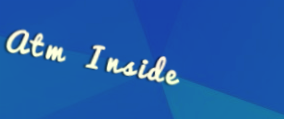
Atm Inside